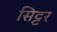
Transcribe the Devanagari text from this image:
सिट्टर